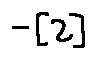
- [ 2 ]